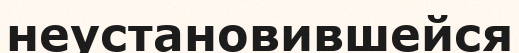
неустановившейся